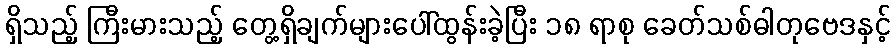
ရှိသည့် ကြီးမားသည့် တွေ့ရှိချက်များပေါ်ထွန်းခဲ့ပြီး ၁၈ ရာစု ခေတ်သစ်ဓါတုဗေဒနှင့်